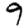
Digit: 9